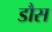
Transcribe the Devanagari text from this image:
डौस